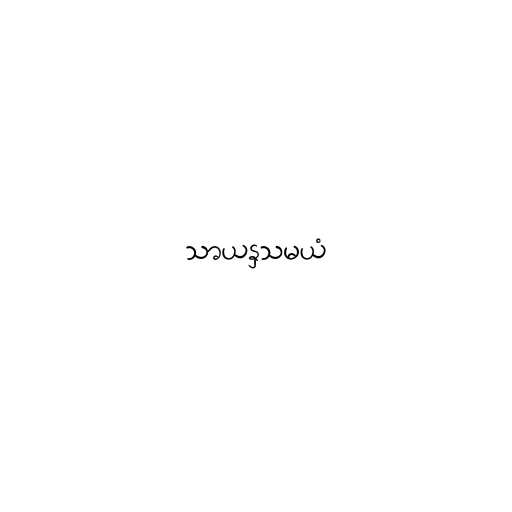
သာယနှသမယံ